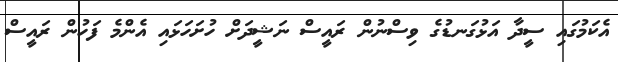
އެކަމުގައި ސީދާ އަޅުގަނޑުގެ ވިސްނުން ރައީސް ނަޝީދަށް ހުށަހަޅައި އެންމެ ފަހުން ރައީސް